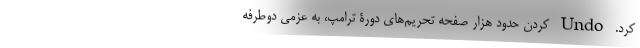
کرد. Undo کردن حدودِ هزار صفحه تحریم­‌های دورۀ ترامپ، به عزمی دوطرفه